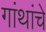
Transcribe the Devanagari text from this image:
गांथांचे